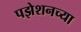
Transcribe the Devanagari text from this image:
पझेशनच्या